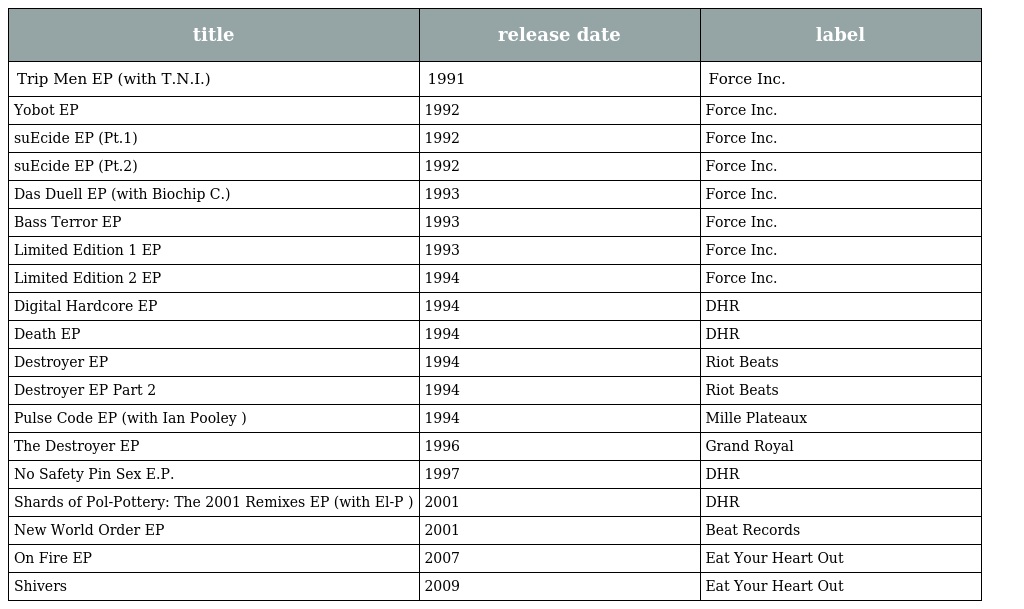
| title | release date | label |
 | --- | --- | --- |
 | Trip Men EP (with T.N.I.) | 1991 | Force Inc. |
 | Yobot EP | 1992 | Force Inc. |
 | suEcide EP (Pt.1) | 1992 | Force Inc. |
 | suEcide EP (Pt.2) | 1992 | Force Inc. |
 | Das Duell EP (with Biochip C.) | 1993 | Force Inc. |
 | Bass Terror EP | 1993 | Force Inc. |
 | Limited Edition 1 EP | 1993 | Force Inc. |
 | Limited Edition 2 EP | 1994 | Force Inc. |
 | Digital Hardcore EP | 1994 | DHR |
 | Death EP | 1994 | DHR |
 | Destroyer EP | 1994 | Riot Beats |
 | Destroyer EP Part 2 | 1994 | Riot Beats |
 | Pulse Code EP (with Ian Pooley ) | 1994 | Mille Plateaux |
 | The Destroyer EP | 1996 | Grand Royal |
 | No Safety Pin Sex E.P. | 1997 | DHR |
 | Shards of Pol-Pottery: The 2001 Remixes EP (with El-P ) | 2001 | DHR |
 | New World Order EP | 2001 | Beat Records |
 | On Fire EP | 2007 | Eat Your Heart Out |
 | Shivers | 2009 | Eat Your Heart Out |